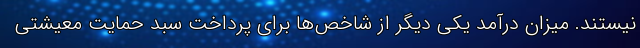
نیستند. میزان درآمد یکی دیگر از شاخص‌ها برای پرداخت سبد حمایت معیشتی